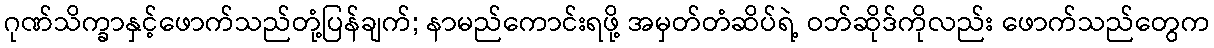
ဂုဏ်သိက္ခာနှင့်ဖောက်သည်တုံ့ပြန်ချက်; နာမည်ကောင်းရဖို့ အမှတ်တံဆိပ်ရဲ့ ဝဘ်ဆိုဒ်ကိုလည်း ဖောက်သည်တွေက